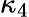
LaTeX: \kappa_{4}